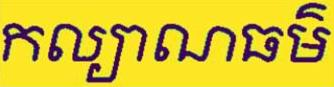
កល្យាណធម៍